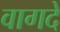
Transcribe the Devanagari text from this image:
वागदे